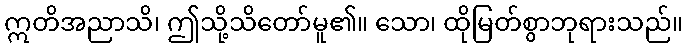
ဣတိအညာသိ၊ ဤသို့သိတော်မူ၏။ သော၊ ထိုမြတ်စွာဘုရားသည်။